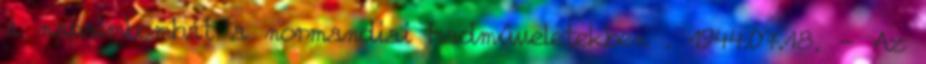
a napalmbombát a normandiai hadmûveletekben . 1944.07.18. - Az